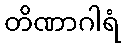
တိဏာဂါရံ